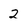
Character: 2